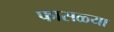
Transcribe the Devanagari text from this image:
फासळ्या